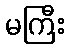
မကြီး